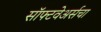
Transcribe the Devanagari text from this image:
सॉफ्टवेअर्सचा